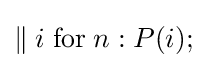
\parallel {i}\;\mathrm {for} \;{n}:P(i);